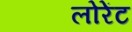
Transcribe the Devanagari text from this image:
लोरेंट